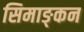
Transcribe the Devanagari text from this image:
सिमाङ्कन